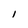
Character: I